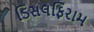
ડિસલફિરામ